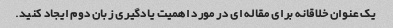
یک عنوان خلاقانه برای مقاله ای در مورد اهمیت یادگیری زبان دوم ایجاد کنید.